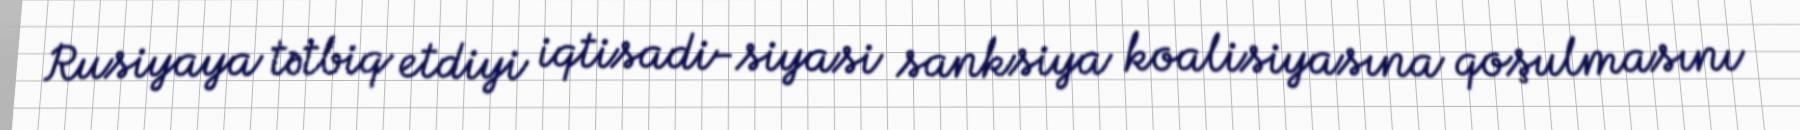
Rusiyaya tətbiq etdiyi iqtisadi-siyasi sanksiya koalisiyasına qoşulmasını